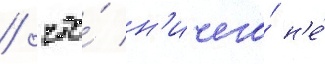
/ что́ н'ичего́ н'е́